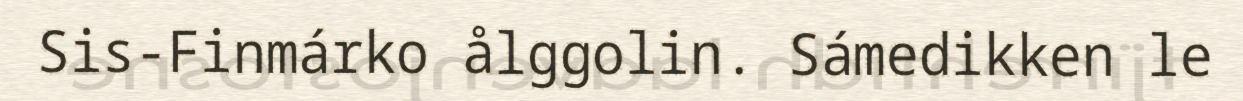
Sis-Finmárko ålggolin. Sámedikken le